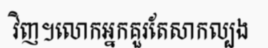
វិញ។លោកអ្នកគួរតែសាកល្បង